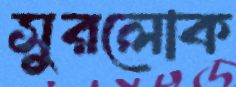
সুরলোক